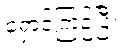
ရှောင်ကြဉ်ပြီး